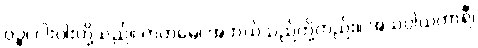
ပဉ္စ၊ ငါးပါးတို့သည်။ ကတမေ၊ အဘယ်သည်တို့တည်း။ အသပ္ပါယကာရီ၊